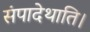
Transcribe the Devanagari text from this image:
संपादेथाति।